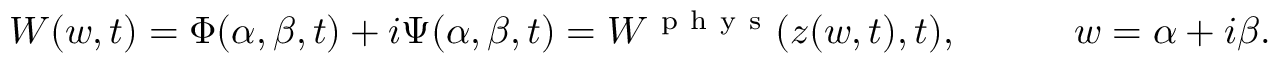
W ( w , t ) = \Phi ( \alpha , \beta , t ) + i \Psi ( \alpha , \beta , t ) = W ^ { \mathrm { ~ p ~ h ~ y ~ s ~ } } ( z ( w , t ) , t ) , \qquad \quad w = \alpha + i \beta .